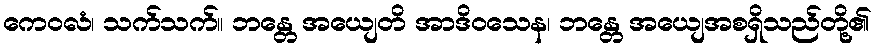
ကေဝလံ၊ သက်သက်။ ဘန္တေ အယျေတိ အာဒိဝသေန၊ ဘန္တေ အယျေအစရှိသည်တို့၏